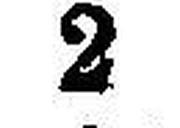
2